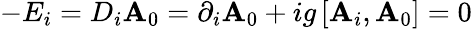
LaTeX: -E_{i}=D_{i}\mathbf{A}_{0}=\partial_{i}\mathbf{A}_{0}+ig\left[\mathbf{A}_{i},\mathbf{A}_{0}\right]=0